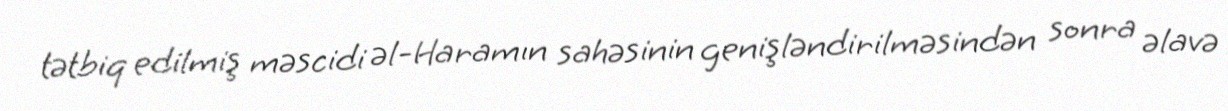
tətbiq edilmiş məscidi əl-Haramın sahəsinin genişləndirilməsindən sonra əlavə